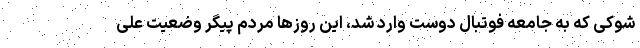
شوکی که به جامعه فوتبال دوست وارد شد، این روزها مردم پیگر وضعیت علی